Enquiry on enteric fever in India - Number 32
Disease focus: Fever
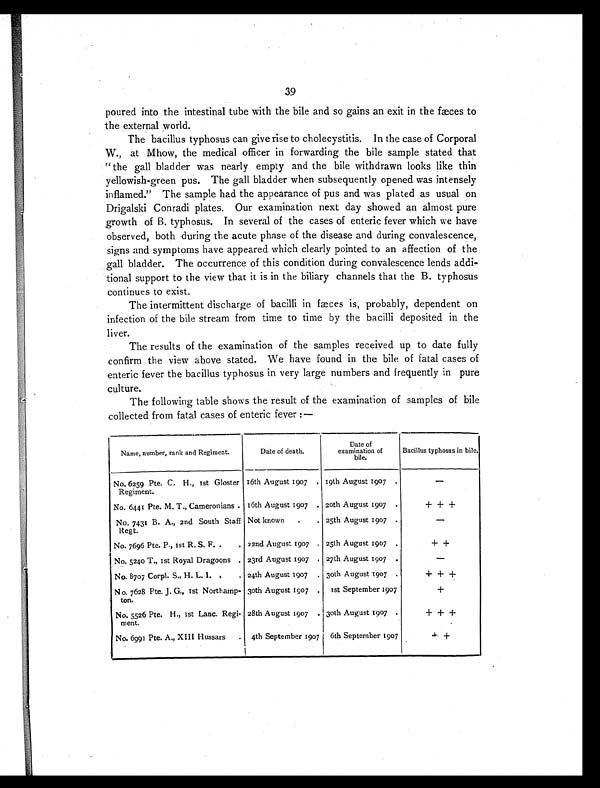
39
poured into the intestinal tube with the bile and so gains an exit in the fæces to
the external world.
The bacillus typhosus can give rise to cholecystitis. In the case of Corporal
W., at Mhow, the medical officer in forwarding the bile sample stated that
"the gall bladder was nearly empty and the bile withdrawn looks like thin
yellowish-green pus. The gall bladder when subsequently opened was intensely
inflamed." The sample had the appearance of pus and was plated as usual on
Drigalski Conradi plates. Our examination next day showed an almost pure
growth of B. typhosus. In several of the cases of enteric fever which we have
observed, both during the acute phase of the disease and during convalescence,
signs and symptoms have appeared which clearly pointed to an affection of the
gall bladder. The occurrence of this condition during convalescence lends addi-
tional support to the view that it is in the biliary channels that the B. typhosus
continues to exist.
The intermittent discharge of bacilli in fæces is, probably, dependent on
infection of the bile stream from time to time by the bacilli deposited in the
liver.
The results of the examination of the samples received up to date fully
confirm the view above stated. We have found in the bile of fatal cases of
enteric fever the bacillus typhosus in very large numbers and frequently in pure
culture.
The following table shows the result of the examination of samples of bile
collected from fatal cases of enteric fever :—
Name, number, rank and Regiment.
Date of death.
Date of
examination of
bile.
Bacillus typhosus in bile.
No. 6259 Pte. C. H., 1st Gloster
Regiment.
16th August 1907 . 19th August 1907 .
—
No. 6441 Pte. M. T., Cameronians . 16th August 1907
. 20th August 1907 .
+ + +
No. 7431 B. A., 2nd South Staff
R e g t .
Not known
.
. 25th August 1907 .
—
No. 7696 Pte. P., 1st R. S. F. .
. 22nd August 1907 . 25th August 1907 .
+
+
No. 5240 T., 1st Royal Dragoons . 23rd August 1907 . 27th August 1907 .
—
No. 8707 Corpl. S., H. L. I.
.
. 24th August 1907 . 30th August 1907
.
+ + +
N o. 7628 Pte. J. G., 1st Northamp-
ton.
30th August 1907 .
1st September 1907
+
No. 5526 Pte. H., 1st Lanc. Regi-
ment.
28th August 1907 . 30th August 1907 .
+ + +
No. 6991 Pte. A., XIII Hussars
. 4th September 1907 6th September 1907
+ +